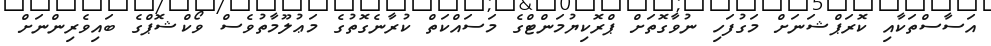
އަސާސްތަކާއި ކޮރަޕްޝަނަށް މަގުފަހި ނުވާގޮތަށް ޕްރޮކިޔުމަންޓްގެ މަސައްކަތް ކުރާނެގޮތުގެ މަޢުލޫމާތުވެސް ވޯކްޝޮޕްގެ ބައިވެރިންނަށް